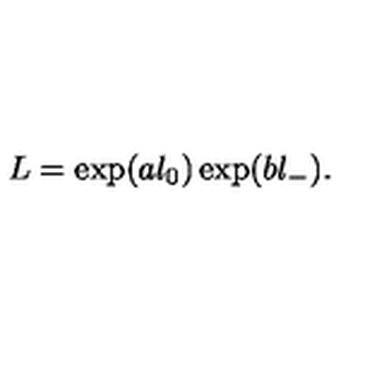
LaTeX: L = \exp ( a l _ { 0 } ) \exp ( b l _ { - } ) .